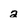
Character: 2